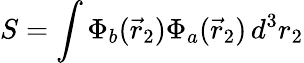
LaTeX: S=\int\Phi_{b}({\vec{r}}_{2})\Phi_{a}({\vec{r}}_{2})\, d^{3}r_{2}